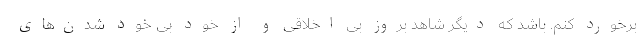
برخورد کنم. باشد که دیگر شاهد بروز بی اخلاقی و از خود بی خود شدن‌های